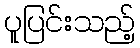
ပူပြင်းသည့်